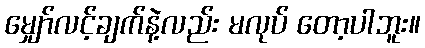
မျှော်လင့်ချက်နဲ့လည်း မလုပ် တော့ပါဘူး။